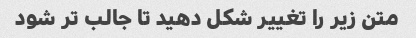
متن زیر را تغییر شکل دهید تا جالب تر شود